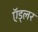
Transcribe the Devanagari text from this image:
ऍड्लर